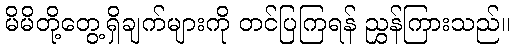
မိမိတို့တွေ့ရှိချက်များကို တင်ပြကြရန် ညွှန်ကြားသည်။